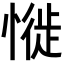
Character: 𢟎